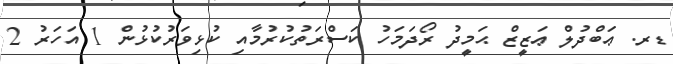
ޑރ. ޢަބްދުލް ޢަޒީޒް ޙަމީދު ރޯދަމަހު ކަސްރަތުކުރުމާއި ކުޅިވަރުކުޅުން 1 އަހަރު 2